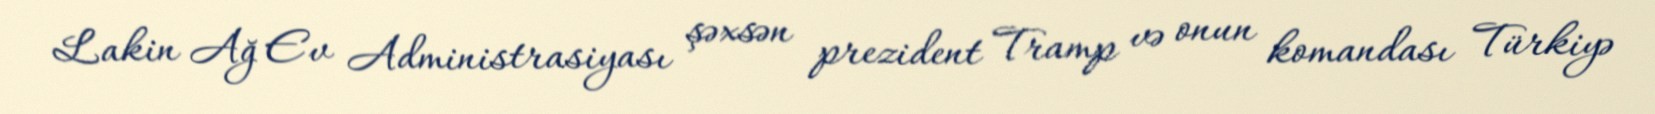
Lakin Ağ Ev Administrasiyası şəxsən prezident Tramp və onun komandası Türkiyə